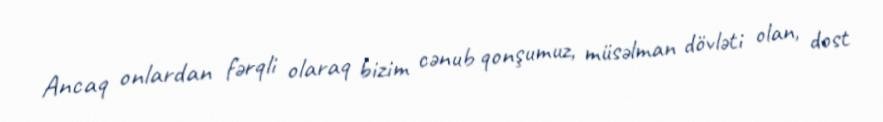
Ancaq onlardan fərqli olaraq bizim cənub qonşumuz, müsəlman dövləti olan, dost